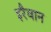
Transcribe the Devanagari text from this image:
इरैवान